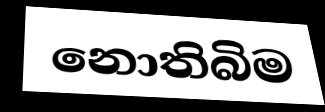
නොතිබිම